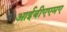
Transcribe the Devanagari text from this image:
आईबीएएमए